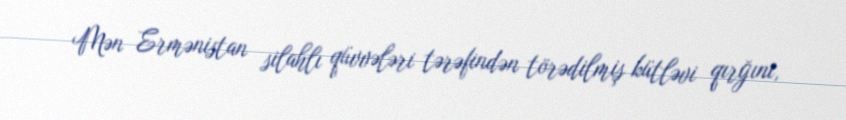
Mən Ermənistan silahlı qüvvələri tərəfindən törədilmiş kütləvi qırğını,